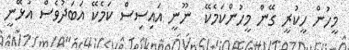
މީހުން ހީކުރީ ގޭން މީހުންކަމެކޭ  ނޫނީ އައިސިސް ކަމެކޭ އަބަދުވެސް އުޅޭނީ